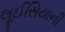
લૂઈસિયાની